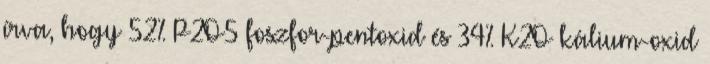
írva, hogy 52% P2O5 foszfor-pentoxid és 34% K2O kálium-oxid